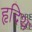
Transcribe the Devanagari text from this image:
हृदिथ